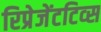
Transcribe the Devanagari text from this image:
रिप्रेजेंटटिव्स